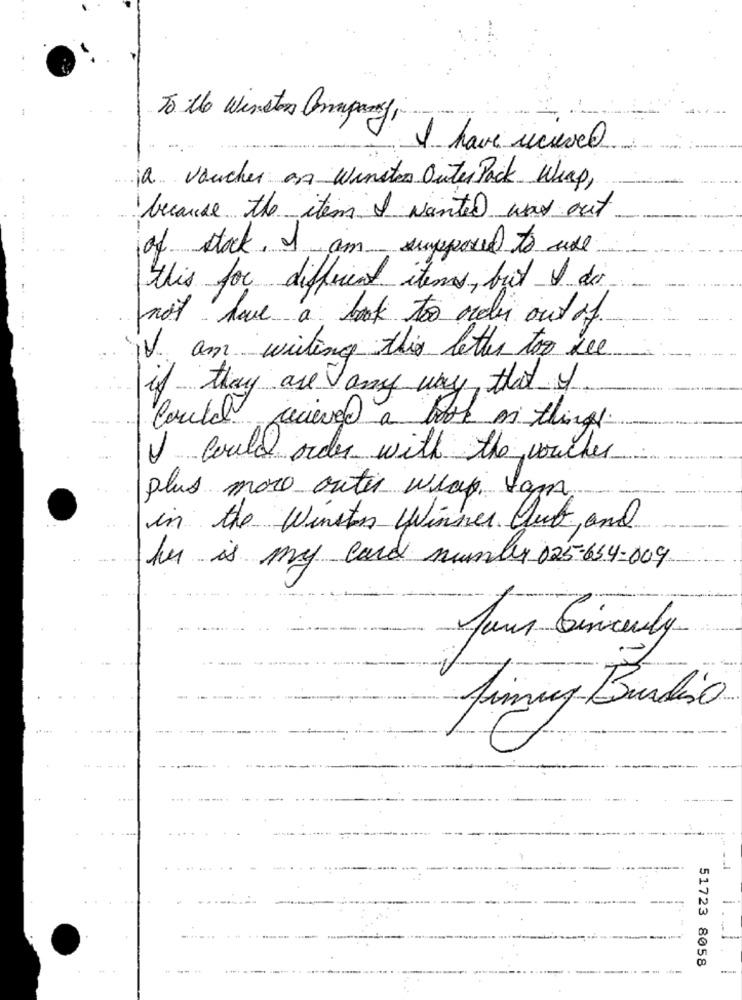
To the Winston Company,
I have ucievel
12. voucher an Winters Outer Pack Wheap,
because the item I wanted was out
of stock. I am supposed to sul
this for different items, but I do
not have a book to order out of
IV am writing this letter to see
if they are any way that I
Could reciever a book of things.
I could order with the voucher
plus more outer wrap tam
in the Winston Winner Club, and
her is my card number 025-654-009
Jans Sincerely
Jimung Bustino
51723 8058